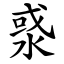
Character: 㳼